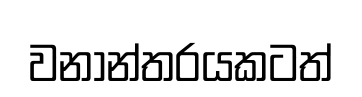
වනාන්තරයකටත්